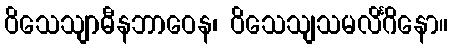
ဝိသေသျာဓီနဘာဝေန၊ ဝိသေသျသမလိင်္ဂိနော။